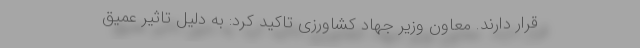
قرار دارند. معاون وزیر جهاد کشاورزی تاکید کرد: به دلیل تاثیر عمیق